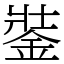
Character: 銺